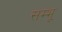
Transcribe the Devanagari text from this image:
सम्भू